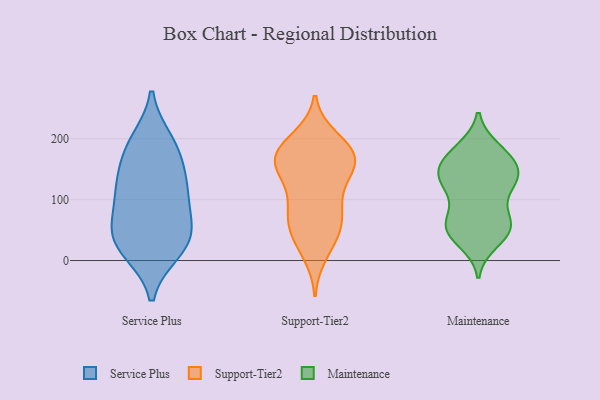
{"axis": {"x": "Page Views", "y": "Value"}, "legend": ["Maintenance", "Service Plus", "Support-Tier2"], "data": [{"x": "", "y": 35, "type": "Service Plus"}, {"x": "", "y": 48, "type": "Service Plus"}, {"x": "", "y": 17, "type": "Service Plus"}, {"x": "", "y": 189, "type": "Service Plus"}, {"x": "", "y": 123, "type": "Service Plus"}, {"x": "", "y": 138, "type": "Service Plus"}, {"x": "", "y": 110, "type": "Service Plus"}, {"x": "", "y": 173, "type": "Service Plus"}, {"x": "", "y": 106, "type": "Service Plus"}, {"x": "", "y": 16, "type": "Service Plus"}, {"x": "", "y": 196, "type": "Service Plus"}, {"x": "", "y": 67, "type": "Service Plus"}, {"x": "", "y": 44, "type": "Service Plus"}, {"x": "", "y": 52, "type": "Support-Tier2"}, {"x": "", "y": 163, "type": "Support-Tier2"}, {"x": "", "y": 166, "type": "Support-Tier2"}, {"x": "", "y": 74, "type": "Support-Tier2"}, {"x": "", "y": 195, "type": "Support-Tier2"}, {"x": "", "y": 12, "type": "Support-Tier2"}, {"x": "", "y": 152, "type": "Support-Tier2"}, {"x": "", "y": 170, "type": "Support-Tier2"}, {"x": "", "y": 49, "type": "Support-Tier2"}, {"x": "", "y": 120, "type": "Support-Tier2"}, {"x": "", "y": 108, "type": "Support-Tier2"}, {"x": "", "y": 177, "type": "Support-Tier2"}, {"x": "", "y": 200, "type": "Support-Tier2"}, {"x": "", "y": 165, "type": "Support-Tier2"}, {"x": "", "y": 80, "type": "Support-Tier2"}, {"x": "", "y": 148, "type": "Support-Tier2"}, {"x": "", "y": 72, "type": "Support-Tier2"}, {"x": "", "y": 175, "type": "Support-Tier2"}, {"x": "", "y": 31, "type": "Support-Tier2"}, {"x": "", "y": 153, "type": "Maintenance"}, {"x": "", "y": 150, "type": "Maintenance"}, {"x": "", "y": 48, "type": "Maintenance"}, {"x": "", "y": 118, "type": "Maintenance"}, {"x": "", "y": 176, "type": "Maintenance"}, {"x": "", "y": 31, "type": "Maintenance"}, {"x": "", "y": 118, "type": "Maintenance"}, {"x": "", "y": 164, "type": "Maintenance"}, {"x": "", "y": 63, "type": "Maintenance"}, {"x": "", "y": 136, "type": "Maintenance"}, {"x": "", "y": 74, "type": "Maintenance"}, {"x": "", "y": 178, "type": "Maintenance"}, {"x": "", "y": 126, "type": "Maintenance"}, {"x": "", "y": 183, "type": "Maintenance"}, {"x": "", "y": 139, "type": "Maintenance"}, {"x": "", "y": 47, "type": "Maintenance"}, {"x": "", "y": 50, "type": "Maintenance"}, {"x": "", "y": 53, "type": "Maintenance"}, {"x": "", "y": 136, "type": "Maintenance"}, {"x": "", "y": 66, "type": "Maintenance"}]}